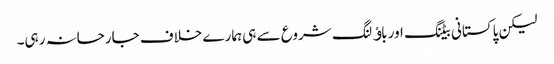
لیکن پاکستانی بیٹنگ اور باﺅلنگ شروع سے ہی ہمارے خلاف جارحانہ رہی۔